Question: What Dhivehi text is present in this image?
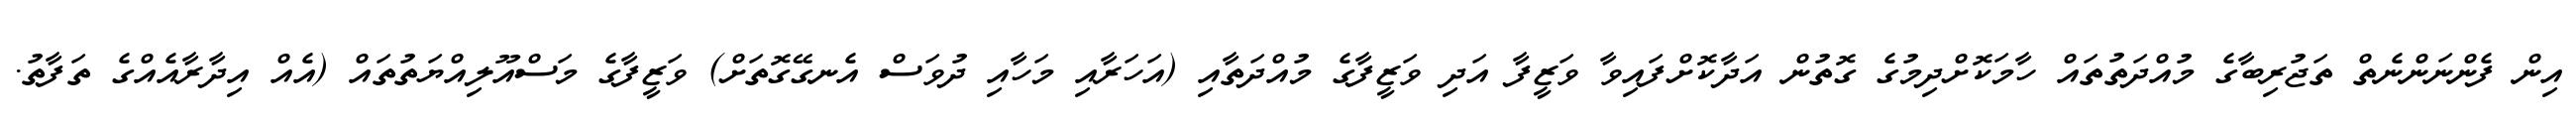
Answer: އިން ފެންނަންނެތް ތަޖުރިބާގެ މުއްދަތުތައް ހާމަކޮށްދިމުގެ ގޮތުން އަދާކޮށްފައިވާ ވަޒީފާ އަދި ވަޒީފާގެ މުއްދަތާއި (އަހަރާއި މަހާއި ދުވަސް އެނގޭގޮތަށް) ވަޒީފާގެ މަސްއޫލިއްޔަތުތައް (އެއް އިދާރާއެއްގެ ތަފާތު.